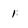
Character: 1